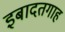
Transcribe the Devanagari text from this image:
इबादतगाह